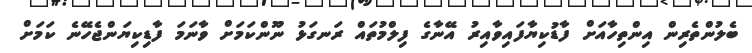
ބެލުންތެރިން އިންތިހާއަށް ފާޑުކިޔާފައިވާއިރު އޭނާގެ ފިލްމުތައް ރަނގަޅު ނޫންކަމަށް ވާނަމަ ފާޑިކިޔަންޖެހޭނެ ކަމަށް